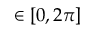
\in [ 0 , 2 \pi ]